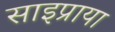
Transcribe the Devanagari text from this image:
साइप्राया